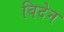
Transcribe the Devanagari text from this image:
बिदेन